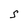
Character: S